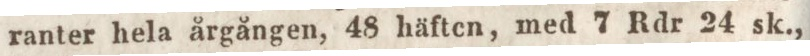
ranter hela årgången, 48 häften, med 7 Rdr 24 sk.,